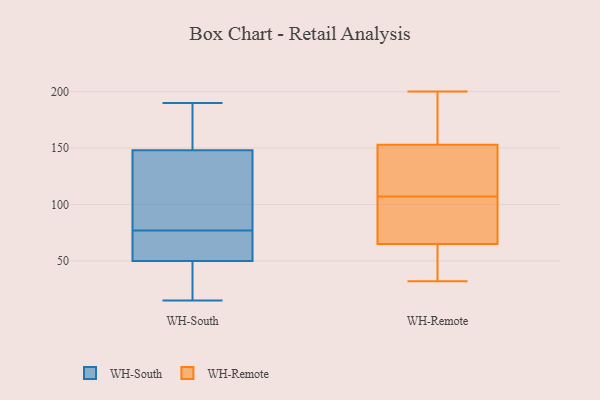
{"axis": {"x": "Conversion Rate (%)", "y": "Value"}, "legend": ["WH-Remote", "WH-South"], "data": [{"x": "", "y": 148, "type": "WH-South"}, {"x": "", "y": 50, "type": "WH-South"}, {"x": "", "y": 71, "type": "WH-South"}, {"x": "", "y": 83, "type": "WH-South"}, {"x": "", "y": 17, "type": "WH-South"}, {"x": "", "y": 54, "type": "WH-South"}, {"x": "", "y": 87, "type": "WH-South"}, {"x": "", "y": 176, "type": "WH-South"}, {"x": "", "y": 22, "type": "WH-South"}, {"x": "", "y": 30, "type": "WH-South"}, {"x": "", "y": 84, "type": "WH-South"}, {"x": "", "y": 158, "type": "WH-South"}, {"x": "", "y": 63, "type": "WH-South"}, {"x": "", "y": 90, "type": "WH-South"}, {"x": "", "y": 190, "type": "WH-South"}, {"x": "", "y": 161, "type": "WH-South"}, {"x": "", "y": 15, "type": "WH-South"}, {"x": "", "y": 54, "type": "WH-South"}, {"x": "", "y": 200, "type": "WH-Remote"}, {"x": "", "y": 151, "type": "WH-Remote"}, {"x": "", "y": 65, "type": "WH-Remote"}, {"x": "", "y": 92, "type": "WH-Remote"}, {"x": "", "y": 122, "type": "WH-Remote"}, {"x": "", "y": 32, "type": "WH-Remote"}, {"x": "", "y": 153, "type": "WH-Remote"}, {"x": "", "y": 54, "type": "WH-Remote"}, {"x": "", "y": 193, "type": "WH-Remote"}, {"x": "", "y": 87, "type": "WH-Remote"}]}